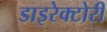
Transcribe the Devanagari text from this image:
डाइरेक्टोरी